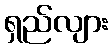
ရှည်လျား